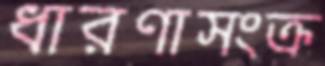
ধারণাসংক্র